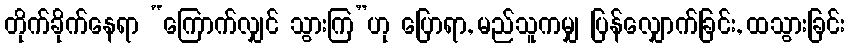
တိုက်ခိုက်နေရာ “ကြောက်လျှင် သွားကြ”ဟု ပြောရာ, မည်သူကမျှ ပြန်လျှောက်ခြင်း, ထသွားခြင်း